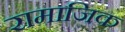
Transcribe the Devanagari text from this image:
रामाजिक